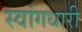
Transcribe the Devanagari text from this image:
स्वांगधारी